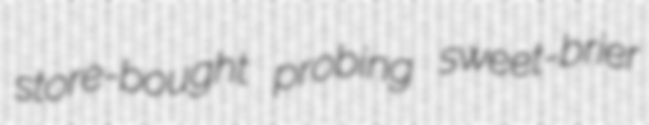
store-bought probing sweet-brier